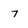
Character: 7